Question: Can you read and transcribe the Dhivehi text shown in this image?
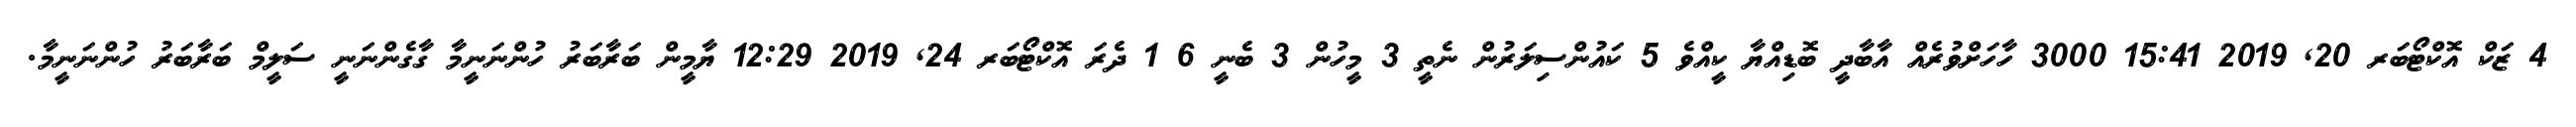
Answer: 4 ޒަކް އޮކްޓޯބަރ 20, 2019 15:41 3000 ހާހަށްވުރެއް އާބާދީ ބޮޑިއްޔާ ކީއްވެ 5 ކައުންސިލަރުން ނެތީ 3 މީހުން 3 ބެނީ 6 1 ދެރަ އޮކްޓޯބަރ 24, 2019 12:29 ޔާމީން ބަރާބަރު ހުންނަނީމާ ގާގެންނަނީ ސަލީމް ބަރާބަރު ހުންނަނީމާ.